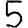
Digit: 5